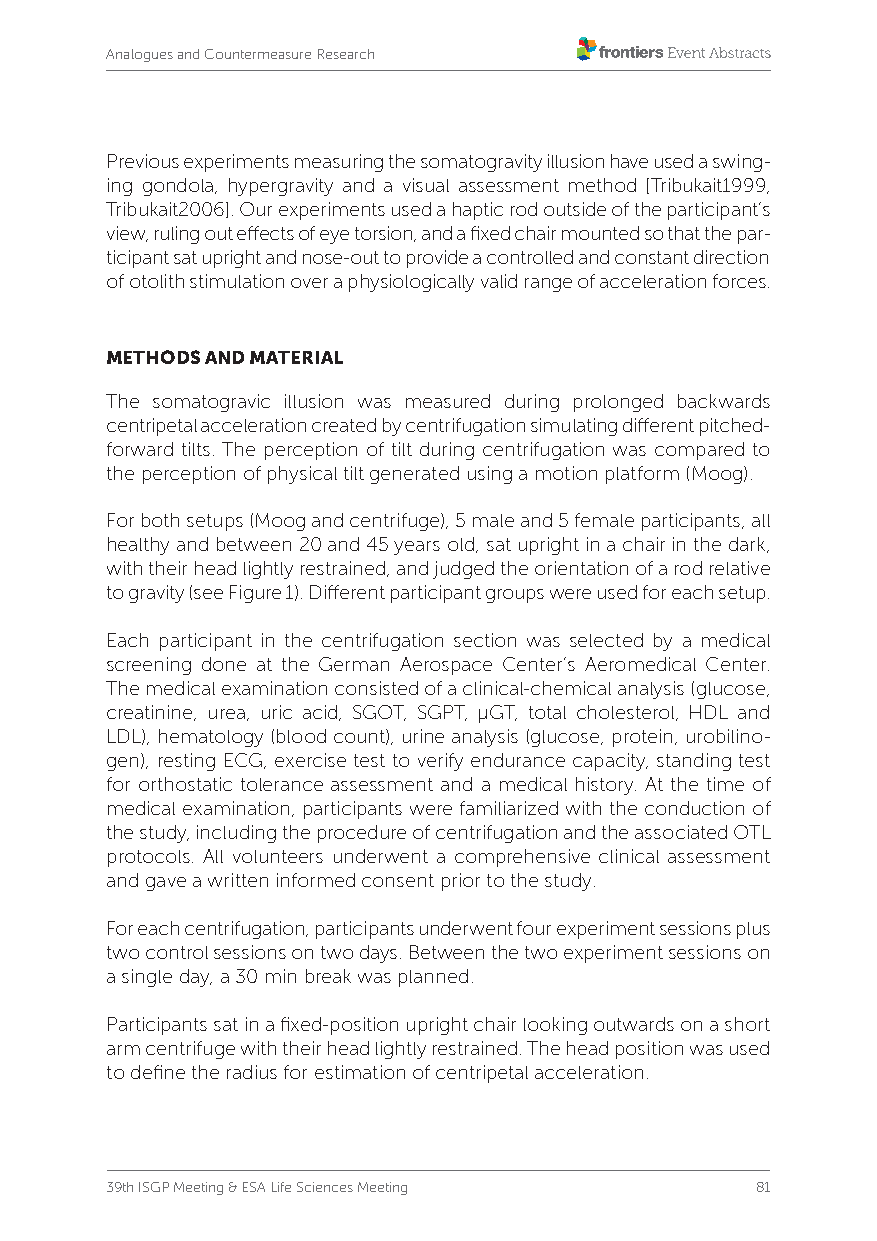
Analogues and Countermeasure Research
 Previous experiments measuring the somatogravity illusion have used a swing-
 ing gondola, hypergravity and a visual assessment method [Tribukait1999,
 Tribukait2006]. Our experiments used a haptic rod outside of the participant’s
 view, ruling out effects of eye torsion, and a fixed chair mounted so that the par-
 ticipant sat upright and nose-out to provide a controlled and constant direction
 of otolith stimulation over a physiologically valid range of acceleration forces.
 METHODS AND MATERIAL
 The somatogravic illusion was measured during prolonged backwards
 centripetal acceleration created by centrifugation simulating different pitched-
 forward tilts. The perception of tilt during centrifugation was compared to
 the perception of physical tilt generated using a motion platform (Moog).
 For both setups (Moog and centrifuge), 5 male and 5 female participants, all
 healthy and between 20 and 45 years old, sat upright in a chair in the dark,
 with their head lightly restrained, and judged the orientation of a rod relative
 to gravity (see Figure 1). Different participant groups were used for each setup.
 Each participant in the centrifugation section was selected by a medical
 screening done at the German Aerospace Center’s Aeromedical Center.
 The medical examination consisted of a clinical-chemical analysis (glucose,
 creatinine, urea, uric acid, SGOT, SGPT, µGT, total cholesterol, HDL and
 LDL), hematology (blood count), urine analysis (glucose, protein, urobilino-
 gen), resting ECG, exercise test to verify endurance capacity, standing test
 for orthostatic tolerance assessment and a medical history. At the time of
 medical examination, participants were familiarized with the conduction of
 the study, including the procedure of centrifugation and the associated OTL
 protocols. All volunteers underwent a comprehensive clinical assessment
 and gave a written informed consent prior to the study.
 For each centrifugation, participants underwent four experiment sessions plus
 two control sessions on two days. Between the two experiment sessions on
 a single day, a 30 min break was planned.
 Participants sat in a fixed-position upright chair looking outwards on a short
 arm centrifuge with their head lightly restrained. The head position was used
 to define the radius for estimation of centripetal acceleration.
 39th ISGP Meeting & ESA Life Sciences Meeting 81